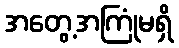
အတွေ့အကြုံမရှိ